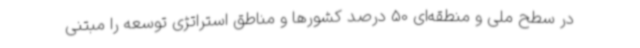
در سطح ملی و منطقه‌ای 50 درصد کشورها و مناطق استراتژی توسعه را مبتنی